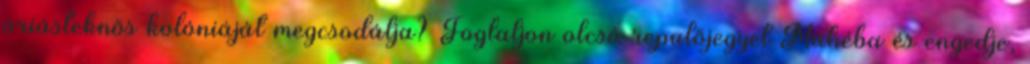
óriásteknős kolóniáját megcsodálja? Foglaljon olcsó repülőjegyet Mahéba és engedje,